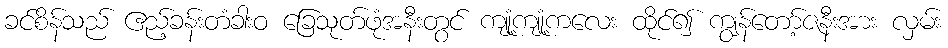
ခင်စိန်သည် ဧည့်ခန်းတံခါးဝ ခြေသုတ်ဖုံအနီးတွင် ကျုံ့ကျုံ့ကလေး ထိုင်၍ ကျွန်တော့်ဇနီးအား လှမ်း